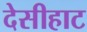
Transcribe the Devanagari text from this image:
देसीहाट